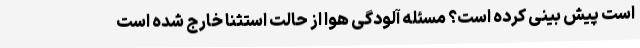
است پیش بینی کرده است؟ مسئله آلودگی هوا از حالت استثنا خارج شده است